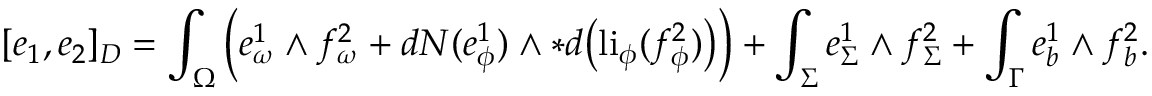
[ e _ { 1 } , e _ { 2 } ] _ { D } = \int _ { \Omega } \Big ( e _ { \omega } ^ { 1 } \wedge f _ { \omega } ^ { 2 } + d N ( e _ { \phi } ^ { 1 } ) \wedge \ast d \big ( \mathrm { l i } _ { \phi } ( f _ { \phi } ^ { 2 } ) \big ) \Big ) + \int _ { \Sigma } e _ { \Sigma } ^ { 1 } \wedge f _ { \Sigma } ^ { 2 } + \int _ { \Gamma } e _ { b } ^ { 1 } \wedge f _ { b } ^ { 2 } .